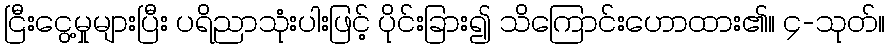
ငြီးငွေ့မှုများပြီး ပရိညာသုံးပါးဖြင့် ပိုင်းခြား၍ သိကြောင်းဟောထား၏။ ၄-သုတ်။